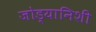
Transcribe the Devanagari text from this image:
जोड्यानिशी